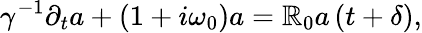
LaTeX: \gamma^{-1}\partial_{t}a+\left(1+i\omega_{0}\right)a=\mathbb{R}_{0}a\left(t+\delta\right),